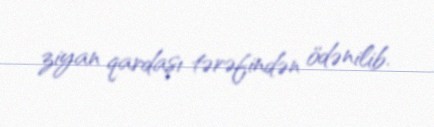
ziyan qardaşı tərəfindən ödənilib.